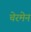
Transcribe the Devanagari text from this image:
चेरमेन